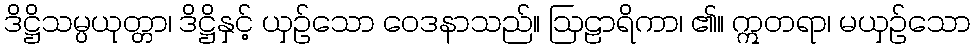
ဒိဋ္ဌိသမ္ပယုတ္တာ၊ ဒိဋ္ဌိနှင့် ယှဉ်သော ဝေဒနာသည်။ ဩဠာရိကာ၊ ၏။ ဣတရာ၊ မယှဉ်သော